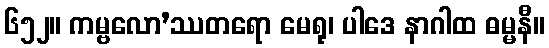
၆၅၂။ ကမ္ဗလော’ဿတရော မေရု၊ ပါဒေ နာဂါထ ဓမ္မနီ။